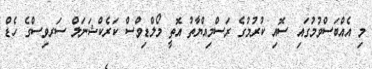
މި އެއްބަސްވުމުގައި ސޮއި ކުރުމުގެ ރަސްމިއްޔާތު އޮތީ މޯލްޑިވްސް ކަރެކްޝަނަލް ސަރވިސްގެ ހެޑް